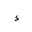
Letter: _hamza